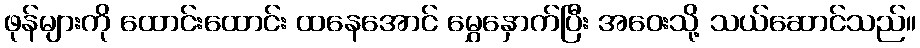
ဖုန်များကို ထောင်းထောင်း ထနေအောင် မွှေနှောက်ပြီး အဝေးသို့ သယ်ဆောင်သည်။